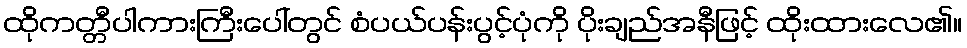
ထိုကတ္တီပါကားကြီးပေါ်တွင် စံပယ်ပန်းပွင့်ပုံကို ပိုးချည်အနီဖြင့် ထိုးထားလေ၏။